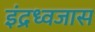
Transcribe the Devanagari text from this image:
इंद्रध्वजास